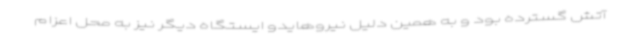
آتش گسترده بود و به همین دلیل نیروهایدو ایستگاه دیگر نیز به محل اعزام